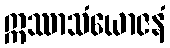
ဣဿာသံယောဇနံ